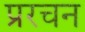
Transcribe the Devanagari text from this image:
प्ररचन